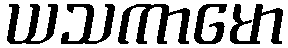
ယသကာမော